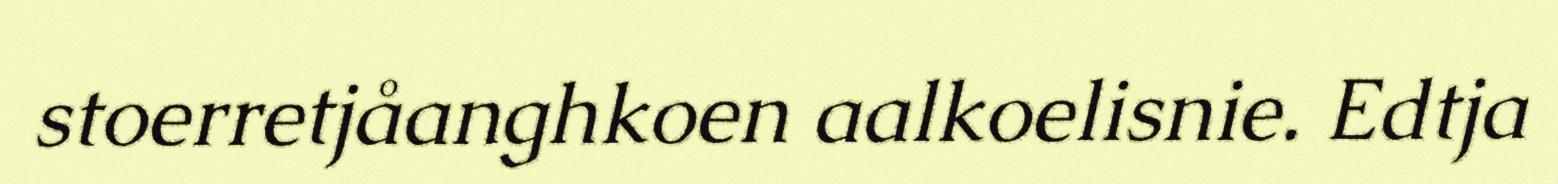
stoerretjåanghkoen aalkoelisnie. Edtja